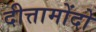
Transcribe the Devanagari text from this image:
दीत्तामोंदो